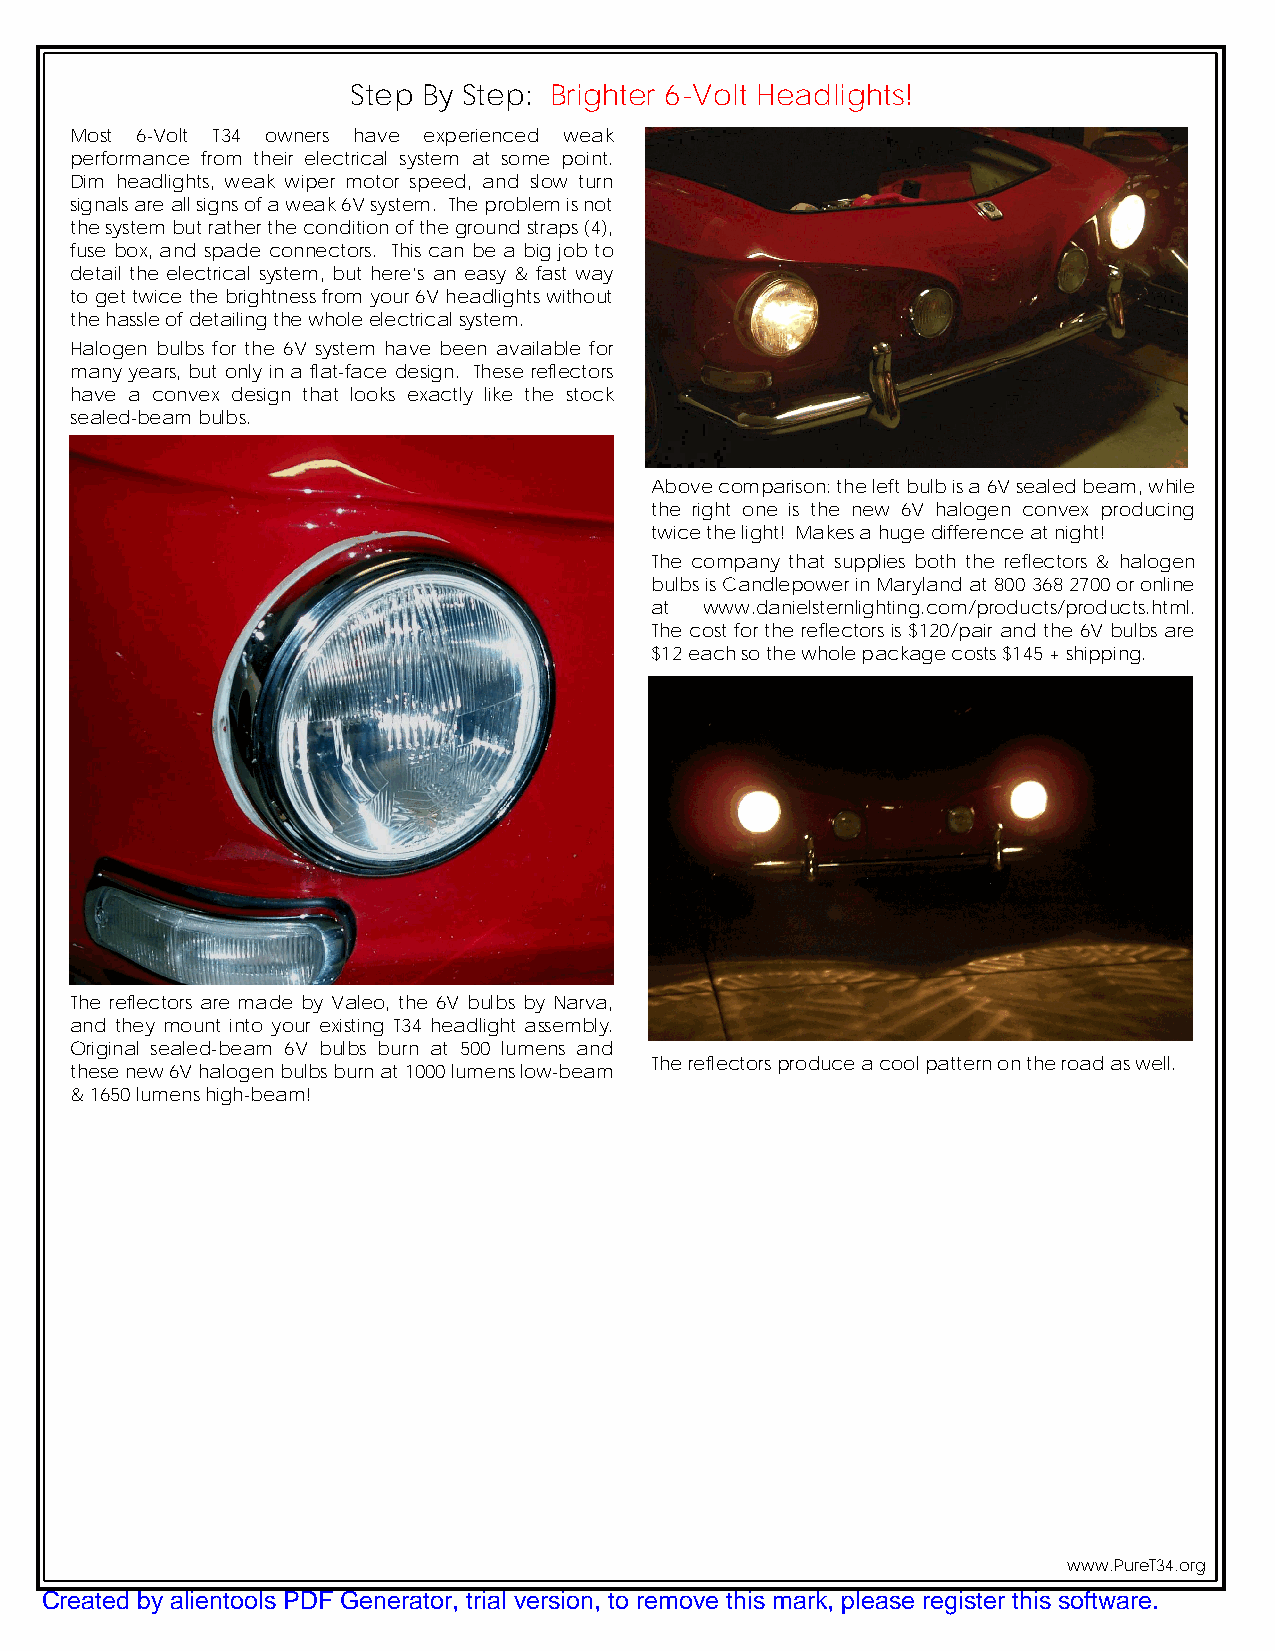
Step By Step: Brighter 6-Volt Headlights!
 Most 6-Volt T34 owners have experienced weak
 performance from their electrical system at some point.
 Dim headlights, weak wiper motor speed, and slow turn
 signalsareallsignsofaweak6Vsystem. Theproblemisnot
 thesystembutrathertheconditionofthegroundstraps(4),
 fuse box, and spade connectors. This can be a bigjob to
 detail the electrical system, but here’s an easy & fast way
 togettwicethebrightnessfromyour6Vheadlightswithout
 thehassleofdetailingthewholeelectricalsystem.
 Halogen bulbs for the 6V system have been available for
 many years, but only in a flat-face design. These reflectors
 have a convex design that looks exactly like the stock
 sealed-beambulbs.
 Abovecomparison:theleftbulbisa6Vsealedbeam,while
 the right one is the new 6V halogen convex producing
 twicethelight! Makesahugedifferenceatnight!
 The company that supplies both the reflectors & halogen
 bulbsisCandlepowerinMarylandat 8003682700oronline
 at  www.danielsternlighting.com/products/products.html.
 The cost forthe reflectorsis $120/pair andthe 6V bulbsare
 $12eachsothewholepackagecosts$145+shipping.
 The reflectors are made by Valeo, the 6V bulbs by Narva,
 and they mount into your existing T34 headlight assembly.
 Original sealed-beam 6V bulbs burn at 500 lumens and
 Thereflectorsproduceacoolpatternontheroadaswell.
 thesenew6Vhalogenbulbsburnat1000lumenslow-beam
 &1650lumenshigh-beam!
 www.PureT34.org
 Created by alientools PDF Generator, trial version, to remove this mark, please register this software.